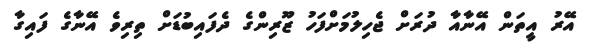
އޭރު އީތަން އޭނާއާ ދުރަށް ޖެހިލުމަށްފަހު ޒޫރިންގެ ދެފައިބުޑަށް ތިރިވެ އޭނާގެ ފައިގާ